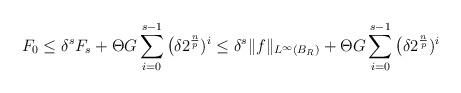
LaTeX: \begin{align*} F_0 \leq \delta^s F_s + \Theta G \sum_{i=0}^{s-1} \big(\delta 2^{\frac{n}{p}})^i \leq \delta^s \|f\|_{L^\infty(B_R)} + \Theta G \sum_{i=0}^{s-1} \big(\delta 2^{\frac{n}{p}})^i\end{align*}